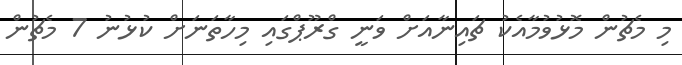
މި މެޗުން މޮޅުވުމާއެކު ޗައިނާއަށް ވަނީ ގްރޫޕްގައި މިހާތަނަށް ކުޅުނު 7 މެޗުން